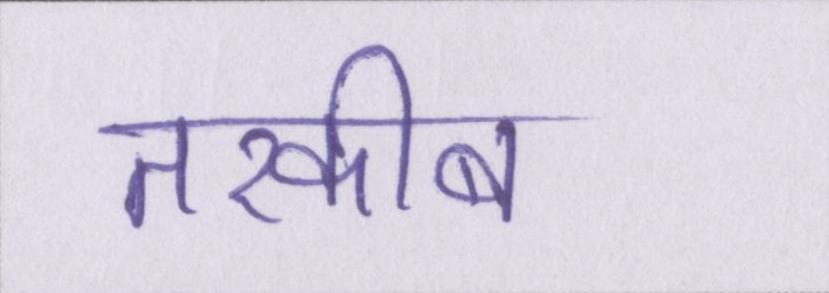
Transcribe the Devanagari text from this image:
तरकीब